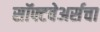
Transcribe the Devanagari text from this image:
सॉफ्टवेअर्सचा